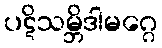
ပဋိသမ္ဘိဒါမဂ္ဂေ